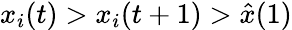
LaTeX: x_{i}(t)>x_{i}(t+1)>\hat{x}(1)